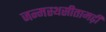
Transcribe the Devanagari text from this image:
जन्मस्थसीतामढ़ी